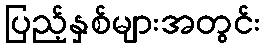
ပြည့်နှစ်များအတွင်း